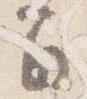
間